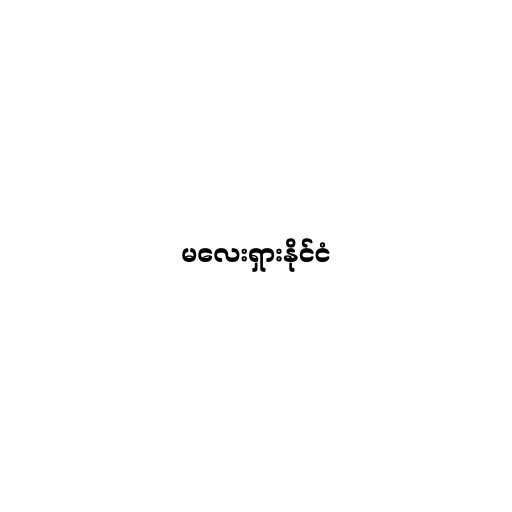
မလေးရှားနိုင်ငံ